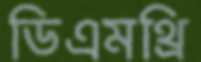
ডিএমথ্রি